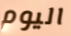
اليوم